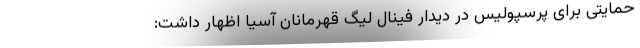
حمایتی برای پرسپولیس در دیدار فینال لیگ قهرمانان آسیا اظهار داشت: